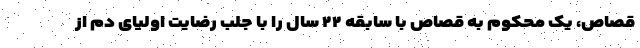
قصاص، یک محکوم به قصاص با سابقه ۲۲ سال را با جلب رضایت اولیای دم از